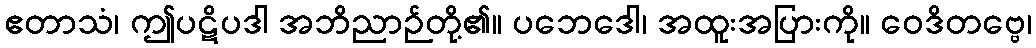
ဧတာသံ၊ ဤပဋိပဒါ အဘိညာဉ်တို့၏။ ပဘေဒေါ၊ အထူးအပြားကို။ ဝေဒိတဗ္ဗေ၊